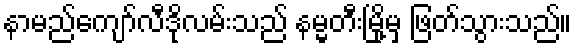
နာမည်ကျော်လီဒိုလမ်းသည် နမ္မတီးမြို့မှ ဖြတ်သွားသည်။